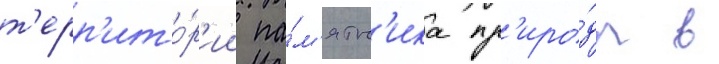
т'ерр'ито́р'ии па́м'ятн'ика пр'иро́ды в